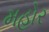
મહોર